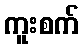
ကူးစက်